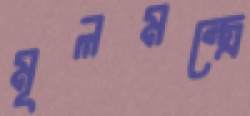
মূলমন্ত্রে